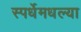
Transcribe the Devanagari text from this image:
स्पर्धेमधल्या